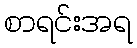
စာရင်းအရ